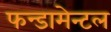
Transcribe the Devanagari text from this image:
फन्डामेन्टल